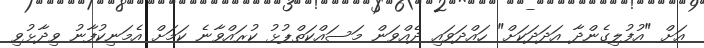
އަށް "އުފުލިގެންދާ އަދަދަކަށް" ހައްދަަވައި ދެއްވަން މަސައްކަތްޕުޅު ކުރައްވާނެ ކަމަށް އެމަނިކުފާނު ވިދާޅުވި